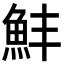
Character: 䰷